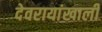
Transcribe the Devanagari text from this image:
देवरायांखाली